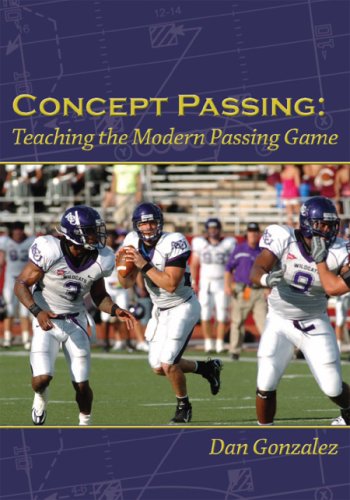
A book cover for Concept Passing: Teaching the Modern Passing Game; Dan Gonzalez; Sports & Outdoors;